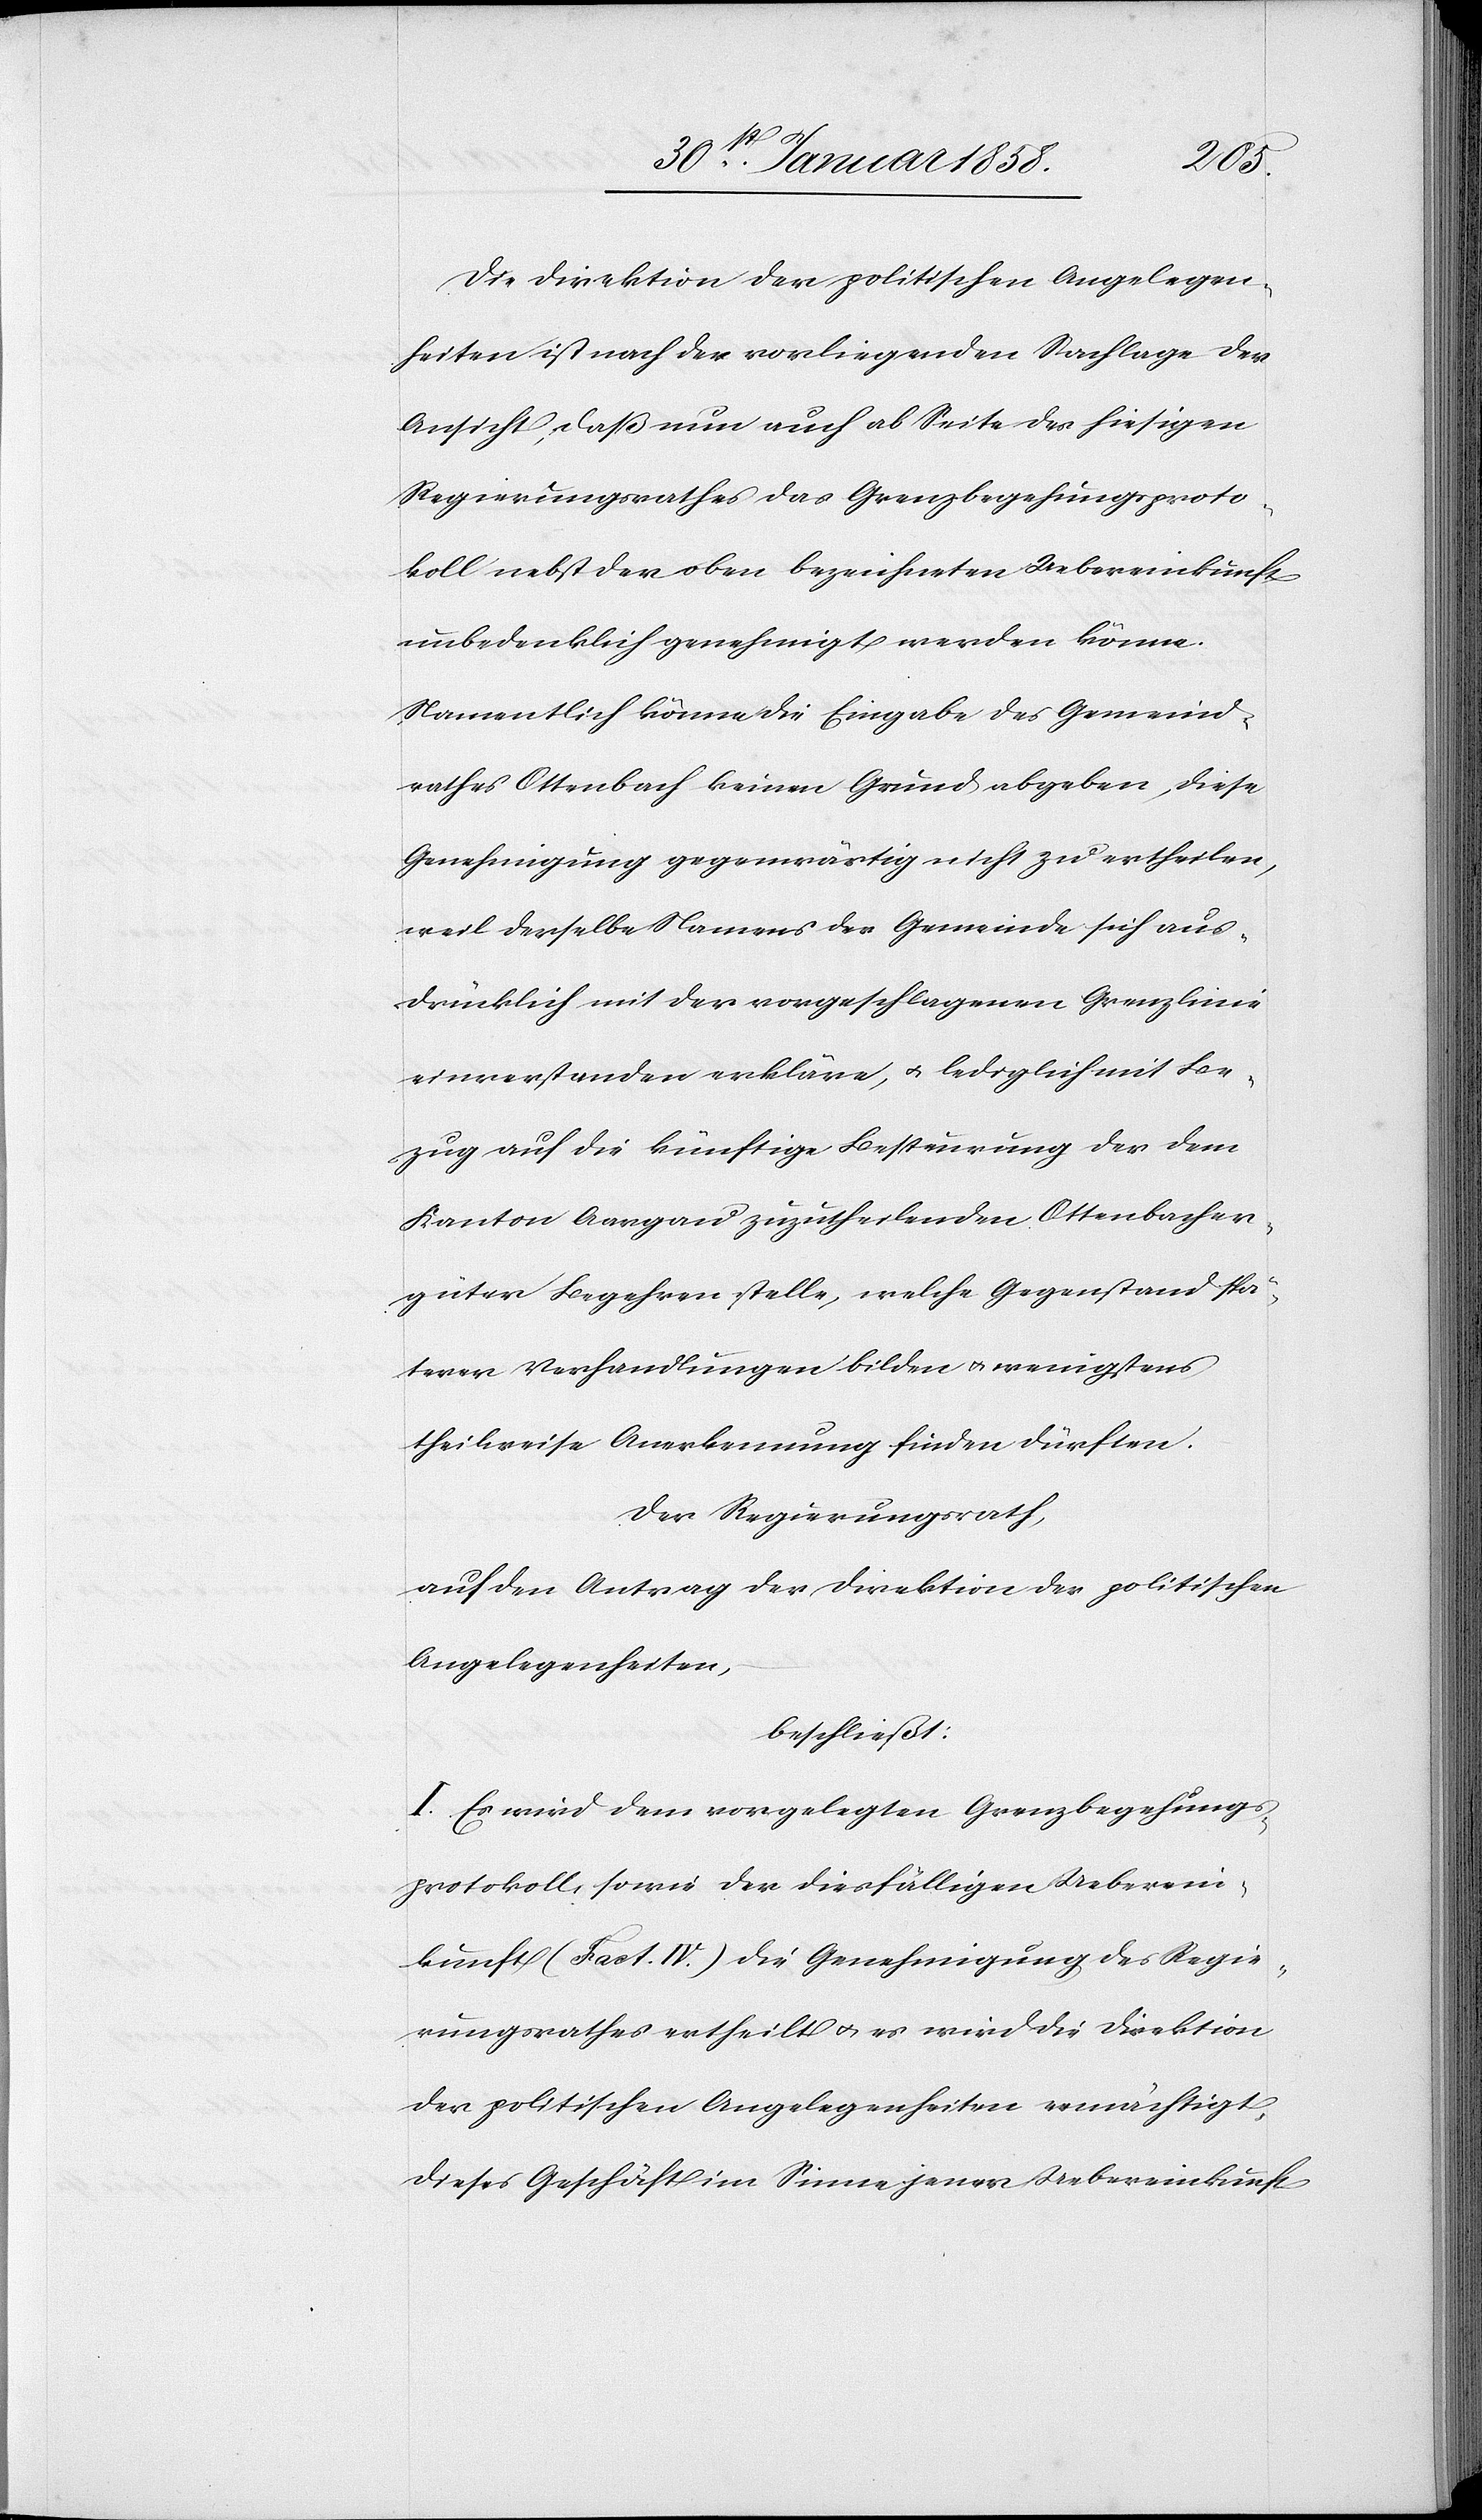
Die Direktion der politischen Angelegen¬
heiten ist nach der vorliegenden Sachlage der
Ansicht, daß nun auch ab Seite des hiesigen
Regierungsrathes das Grenzbegehungsproto¬
koll nebst der oben bezeichneten Uebereinkunft
unbedenklich genehmigt werden könne.
Namentlich könne die Eingabe des Gemeind¬
rathes Ottenbach keinen Grund abgeben, diese
Genehmigung gegenwärtig nicht zu ertheilen,
weil derselbe Namens der Gemeinde sich aus¬
drücklich mit der vorgeschlagenen Grenzlinie
einverstanden erkläre, u. lediglich mit Be¬
zug auf die künftige Besteurung der dem
Kanton Aargau zuzutheilenden Ottenbacher¬
güter Begehren stelle, welche Gegenstand spä¬
terer Verhandlungen bilden u. wenigstens
theilweise Anerkennung finden dürften.
Der Regierungsrath
auf den Antrag der Direktion der politischen
Angelegenheiten,
beschließt:
I. Es wird dem vorgelegten Grenzbegehungs¬
protokoll, sowie der diesfälligen Ueberein¬
kunft (Fact. IV.) die Genehmigung des Regie¬
rungsrathes ertheilt u. es wird die Direktion
der politischen Angelegenheiten ermächtigt,
dieses Geschäft im Sinne jener Uebereinkunft